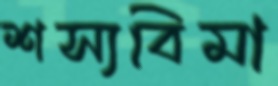
শস্যবিমা